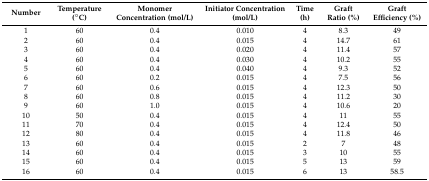
| Number | Temperature (°C) | Monomer Concentration (mol/L) | Initiator Concentration (mol/L) | Time (h) | Graft Ratio (%) | Graft Efficiency (%) |
 | --- | --- | --- | --- | --- | --- | --- |
 | 1 | 60 | 0.4 | 0.010 | 4 | 8.3 | 49 |
 | 2 | 60 | 0.4 | 0.015 | 4 | 14.7 | 61 |
 | 3 | 60 | 0.4 | 0.020 | 4 | 11.4 | 57 |
 | 4 | 60 | 0.4 | 0.030 | 4 | 10.2 | 55 |
 | 5 | 60 | 0.4 | 0.040 | 4 | 9.3 | 52 |
 | 6 | 60 | 0.2 | 0.015 | 4 | 7.5 | 56 |
 | 7 | 60 | 0.6 | 0.015 | 4 | 12.3 | 50 |
 | 8 | 60 | 0.8 | 0.015 | 4 | 11.2 | 30 |
 | 9 | 60 | 1.0 | 0.015 | 4 | 10.6 | 20 |
 | 10 | 50 | 0.4 | 0.015 | 4 | 11 | 55 |
 | 11 | 70 | 0.4 | 0.015 | 4 | 12.4 | 50 |
 | 12 | 80 | 0.4 | 0.015 | 4 | 11.8 | 46 |
 | 13 | 60 | 0.4 | 0.015 | 2 | 7 | 48 |
 | 14 | 60 | 0.4 | 0.015 | 3 | 10 | 55 |
 | 15 | 60 | 0.4 | 0.015 | 5 | 13 | 59 |
 | 16 | 60 | 0.4 | 0.015 | 6 | 13 | 58.5 |